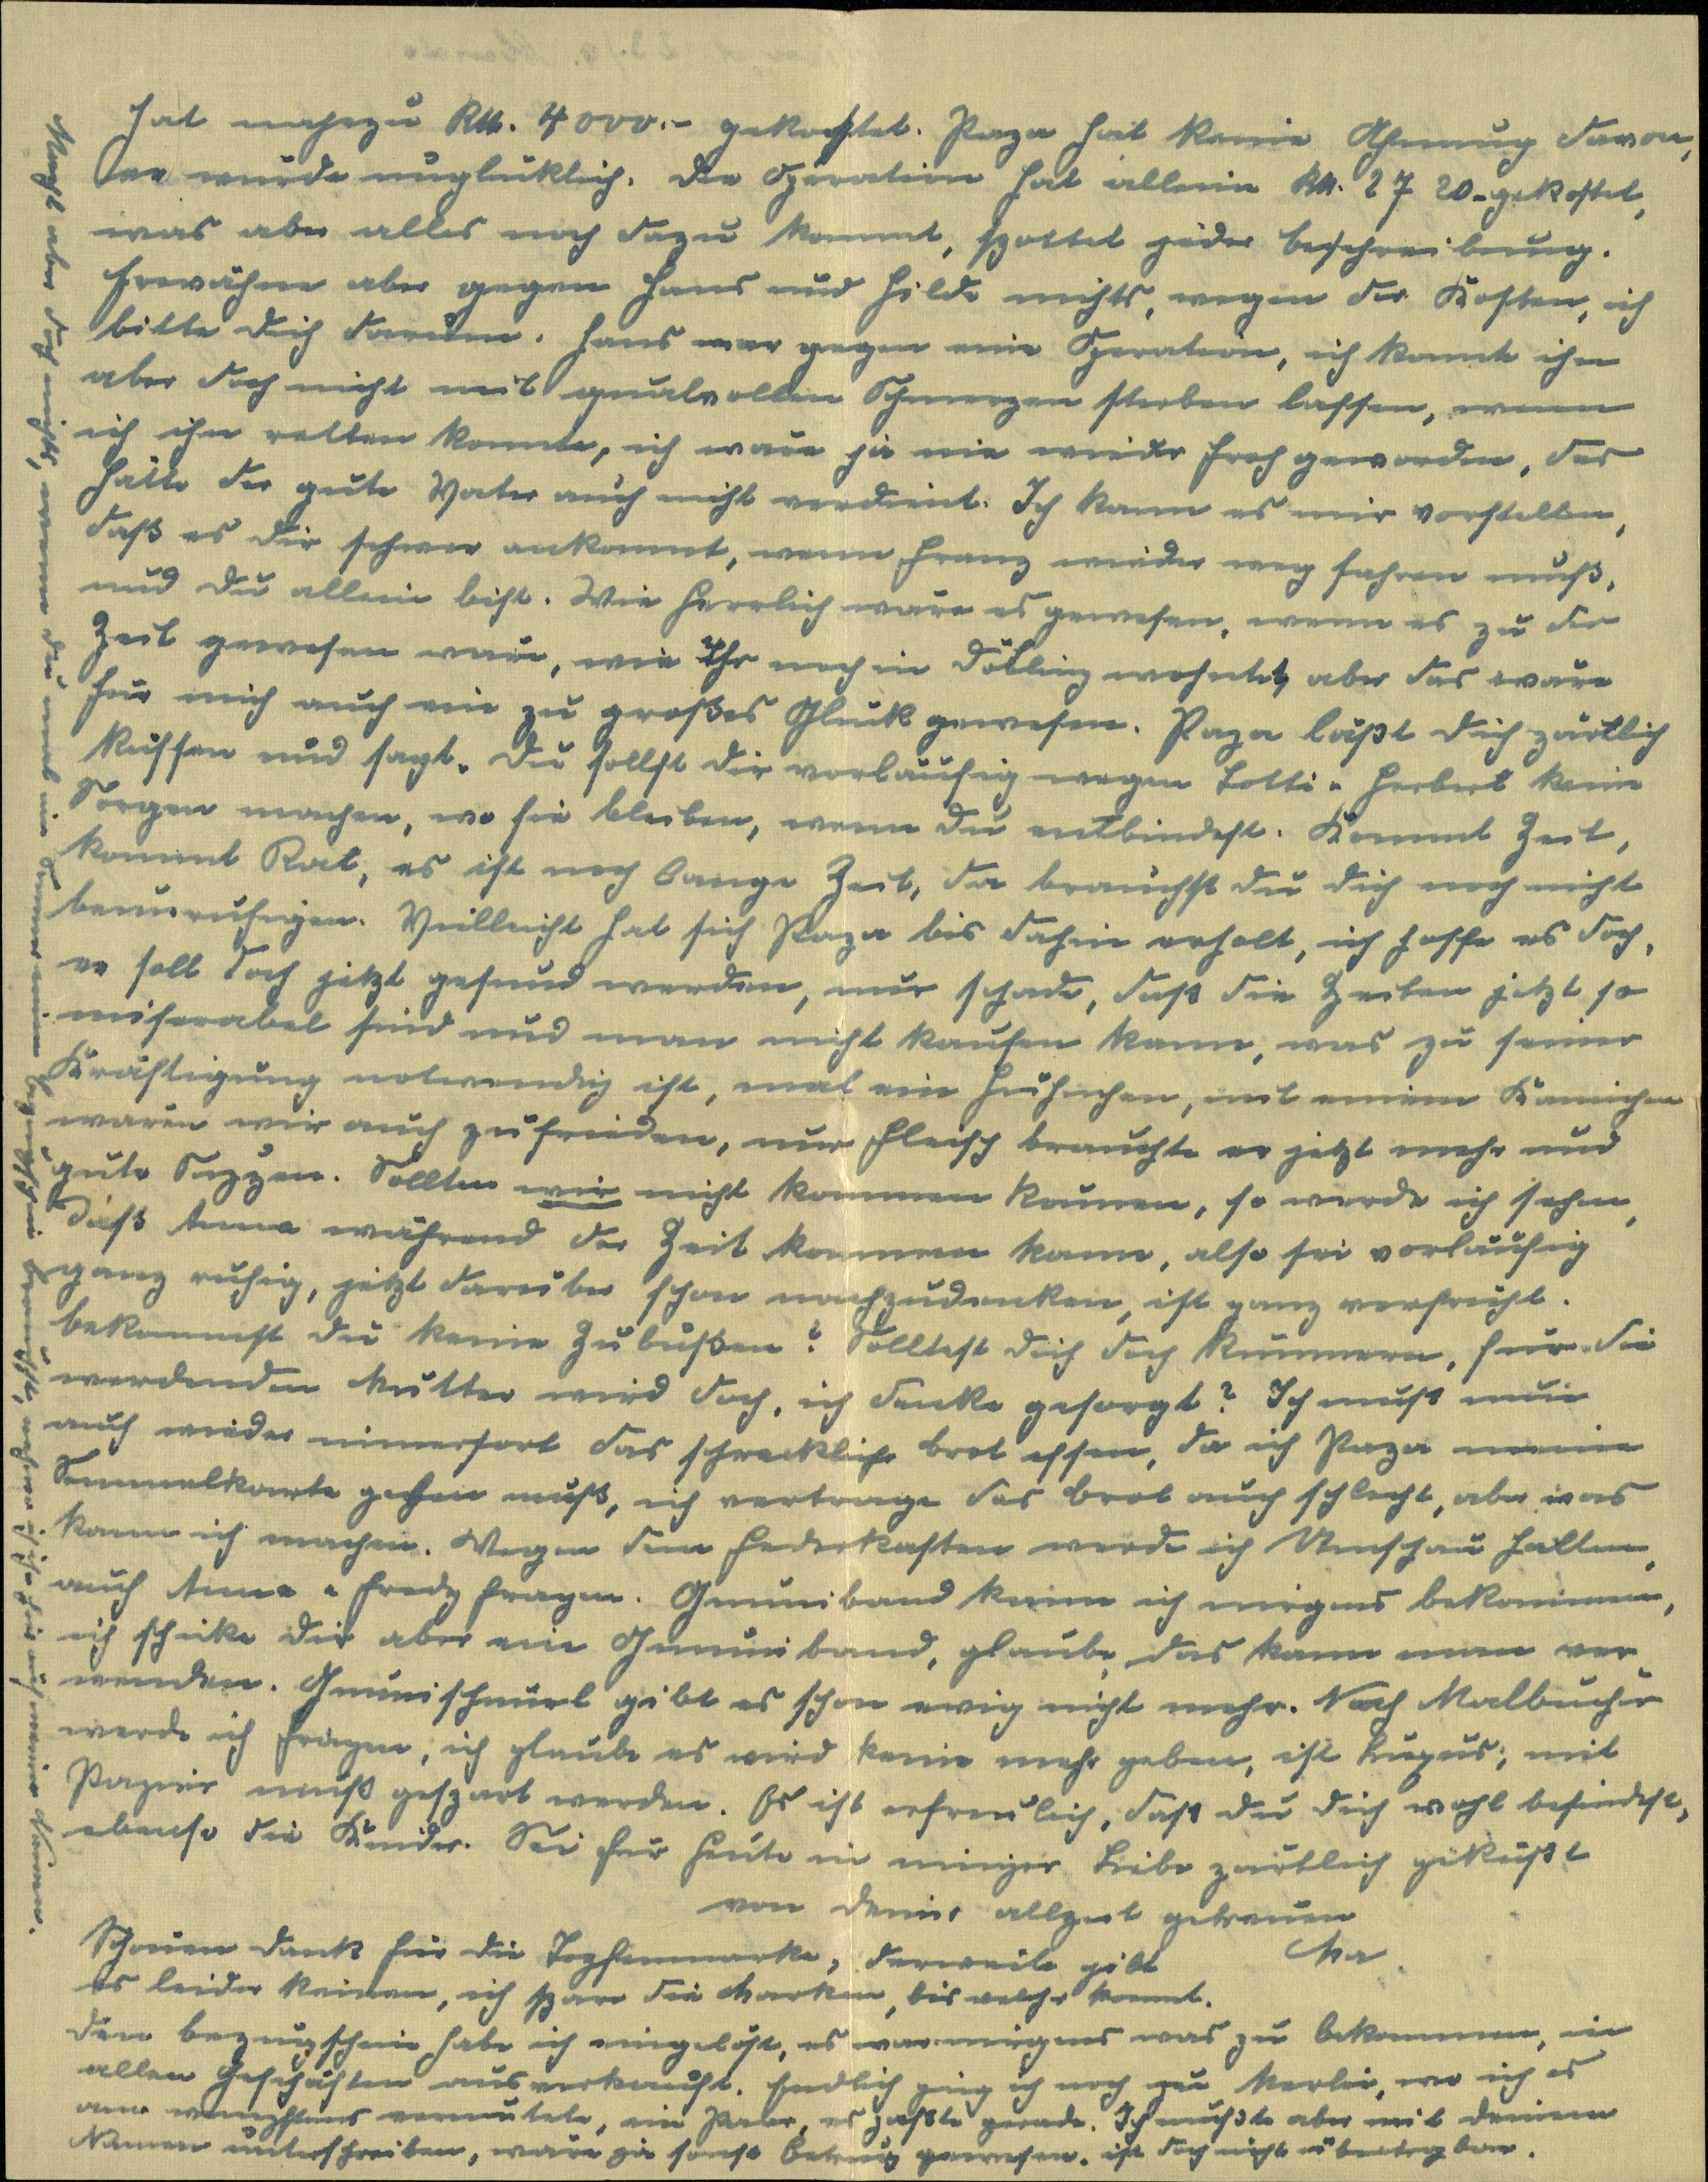
hat nahezu Kr. 4000.- gekostet. Papa hat keine Ahnung davon,
er würde unglücklich. Die Operation hat alleine Kr. 2720. gekostet,
was aber alles noch dazu kommt, spottet jeder Beschreibung.
Erwähne aber gegen Hans und Hilde nichts, wegen der Kosten, ich
bitte dich darum. Hans war gegen eine Operation, ich konnte ihn
aber doch nicht mit qualvollen Schmerzen sterben lassen, wenn
ich ihn retten konnte, ich wäre ja nie wieder froh geworden, das
hätte der gute Vater auch nicht verdient. Ich kann es mir vorstellen,
daß es dir schwer ankommt, wenn Franz wieder weg fahren muß,
und du allein bist. Wie herrlich wäre es gewesen, wenn es zu der
Zeit gewesen wäre, wie Ihr noch in Döbling wohntet, aber das wäre
für mich auch ein zu großes Glück gewesen. Papa läßt dich zärtlich
küssen und sagt, du sollst dir vorläufig wegen Lotti u Herbert keine
Sorgen machen, wo sie bleiben, wann du entbindest. Kommt Zeit,
kommt Rat, es ist noch lange Zeit, da brauchst du dich noch nicht
beunruhigen. Vielleicht hat sich Papa bis dahin erholt, ich hoffe es doch,
er soll doch jetzt gesund werden, nur schade, dass die Zeiten jetzt so
miserabel sind und man nicht kaufen kann, was zu seiner
Kräftigung notwendig ist, mal ein Hühnchen, mit einem Kaninchen
wären wir auch zufrieden, nur Fleisch brauchte er jetzt mehr und
gute Suppen. Sollten wir nicht kommen können, so werde ich sehen,
dass Anna während der Zeit kommen kann, also sei vorläufig
ganz ruhig, jetzt darüber schon nachzudenken, ist ganz verfrüht.
Bekommst du keine Zubußen? Solltest dich doch kümmern, für die
werdende Mutter wird doch, ich denke, gesorgt? Ich muß nun
auch wieder immerfort das schreckliche Brot essen, da ich Papa meine
Semmelkarte geben muß, ich vertrage das Brot auch schlecht, aber was
kann ich machen. Wegen dem Federkasten werde ich Ausschau halten,
auch Anna u Fredy fragen. Gummiband kann ich nirgens bekommen,
ich schicke dir aber ein Gummiband, glaube das kann man ver¬
wenden. Gummischnürl gibt es schon ewig nicht mehr. Nach Malbücher
werden ich fragen, ich glaube es wird keine mehr geben, ist Luxus, mit
Papier muß gespart werden. Es ist erfreulich, dass du dich wohl befindest,
ebenso die Kinder. Sei für heute in inniger Liebe zärtlich geküßt
von deiner allzeit getreuen
Ma
Schönen Dank für die Topfenmarke, derweil gibt
es leider keinen, ich spare die Marken, bis welche kommt.
Den Bezugsschein habe ich eingelöst, es war nirgens was zu bekommen, in
allen Geschäften ausverkauft. Endlich ging ich noch zu Merlei, wo ich es
am wenigstes vermutete, ein Paar, es paßte gerade. Ich mußte aber mit deinen
Namen unterschreiben, wäre ja sonst Betrug gewesen. Ist doch nicht übertragbar.
Macht aber doch nichts, wenn du mal im Sommer eine bezugsfrei brauchst, nehme ich ihn hier auf meinen Namen.